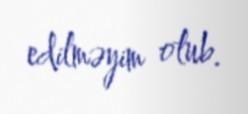
edilməyim olub.